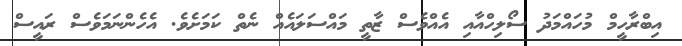
އިބްރާހީމް މުހައްމަދު ސޯލިހްއާއި އެއްވެސް ޒާތީ މައްސަލައެއް ނެތް ކަމަށެވެ. އެހެންނަމަވެސް ރައީސް